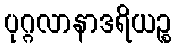
ပုဂ္ဂလာနာဒရိယဉ္စ